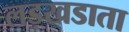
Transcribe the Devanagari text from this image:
लड़खडाता